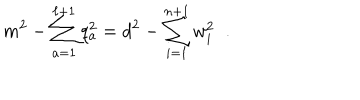
LaTeX: m ^ { 2 } - \sum _ { a = 1 } ^ { \ell + 1 } q _ { a } ^ { 2 } = d ^ { 2 } - \sum _ { i = 1 } ^ { n + 1 } w _ { i } ^ { 2 } \; \; .